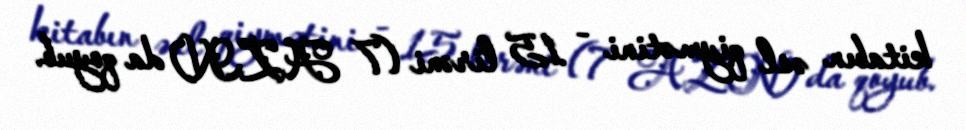
kitabın əsl qiymətini - 15 lirəni (7 AZN) da qoyub.